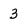
Character: 3